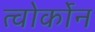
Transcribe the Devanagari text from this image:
त्वोर्कोन